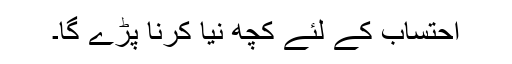
احتساب کے لئے کچھ نیا کرنا پڑے گا۔